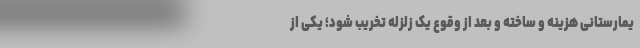
یمارستانی هزینه و ساخته و بعد از وقوع یک زلزله تخریب شود؛ یکی از